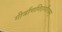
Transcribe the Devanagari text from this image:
गीर्वाणगिरागौरवम्